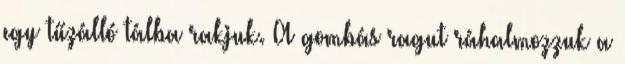
egy tűzálló tálba rakjuk. A gombás ragut ráhalmozzuk a